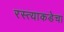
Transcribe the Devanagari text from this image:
रस्त्याकडेचा